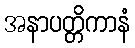
အနာပတ္တိကာနံ